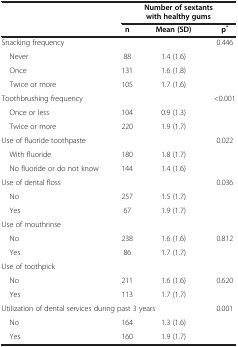
<table><thead><tr><td><b> </b></td><td colspan="3"><b>Number of sextants with healthy gums</b></td></tr><tr><td><b> </b></td><td><b>n</b></td><td><b>Mean (SD)</b></td><td><b>p<sup>*</sup></b></td></tr></thead><tbody><tr><td>Snacking frequency</td><td> </td><td> </td><td>0.446</td></tr><tr><td> Never</td><td>88</td><td>1.4 (1.6)</td><td> </td></tr><tr><td> Once</td><td>131</td><td>1.6 (1.8)</td><td> </td></tr><tr><td> Twice or more</td><td>105</td><td>1.7 (1.6)</td><td> </td></tr><tr><td>Toothbrushing frequency</td><td> </td><td> </td><td>&lt;0.001</td></tr><tr><td> Once or less</td><td>104</td><td>0.9 (1.3)</td><td> </td></tr><tr><td> Twice or more</td><td>220</td><td>1.9 (1.7)</td><td> </td></tr><tr><td>Use of fluoride toothpaste</td><td> </td><td> </td><td>0.022</td></tr><tr><td> With fluoride</td><td>180</td><td>1.8 (1.7)</td><td> </td></tr><tr><td> No fluoride or do not know</td><td>144</td><td>1.4 (1.6)</td><td> </td></tr><tr><td>Use of dental floss</td><td> </td><td> </td><td>0.036</td></tr><tr><td> No</td><td>257</td><td>1.5 (1.7)</td><td> </td></tr><tr><td> Yes</td><td>67</td><td>1.9 (1.7)</td><td> </td></tr><tr><td>Use of mouthrinse</td><td> </td><td> </td><td> </td></tr><tr><td> No</td><td>238</td><td>1.6 (1.6)</td><td>0.812</td></tr><tr><td> Yes</td><td>86</td><td>1.7 (1.7)</td><td> </td></tr><tr><td>Use of toothpick</td><td> </td><td> </td><td> </td></tr><tr><td> No</td><td>211</td><td>1.6 (1.6)</td><td>0.620</td></tr><tr><td> Yes</td><td>113</td><td>1.7 (1.7)</td><td> </td></tr><tr><td colspan="3">Utilization of dental services during past 3 years</td><td>0.001</td></tr><tr><td> No</td><td>164</td><td>1.3 (1.6)</td><td> </td></tr><tr><td> Yes</td><td>160</td><td>1.9 (1.7)</td><td> </td></tr></tbody></table>